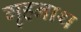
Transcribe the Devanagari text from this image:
गृहनाथ